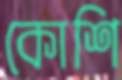
কোশি